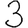
Digit: 3